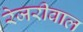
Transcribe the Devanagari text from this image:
रेजरीवाल